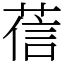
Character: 𦴩